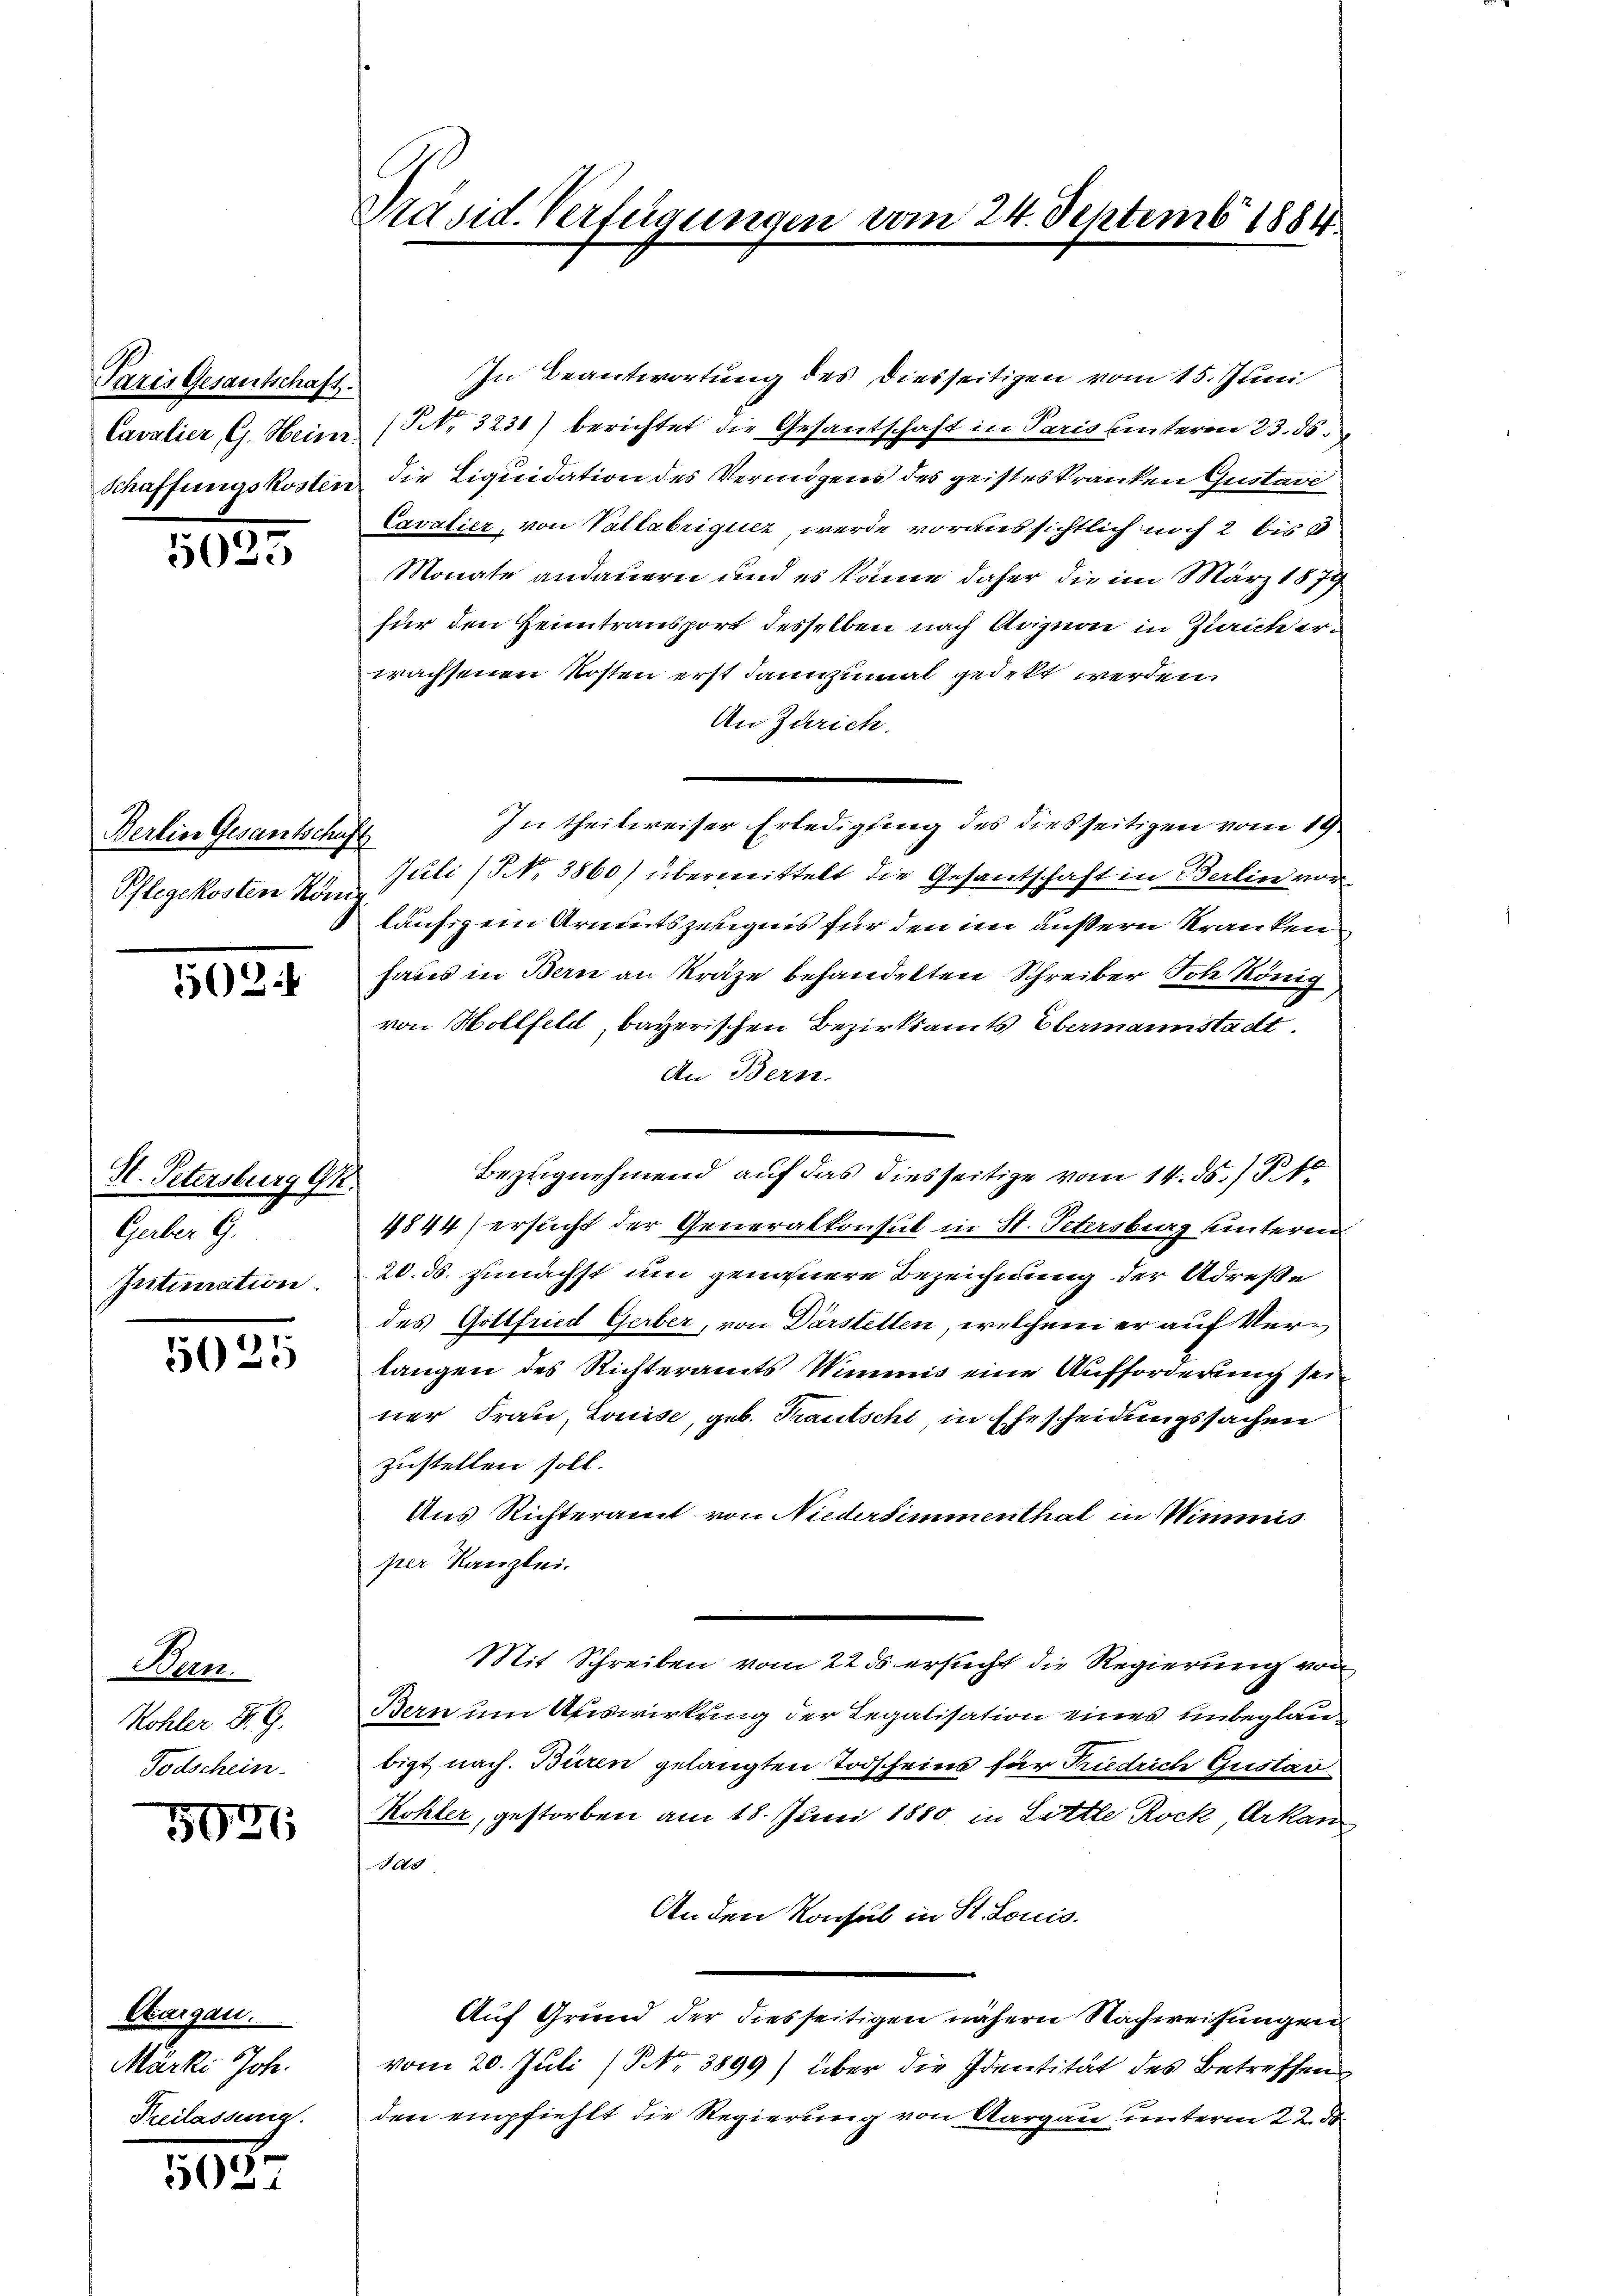
Paris Gesantschaft.
Cavalier, G. Heinr.
Schaffungskosten

5035

Berlin Gesantschu
Pflegekosten Kom

5024

I. Petersburg Gk.
Gerber G.
Intimation.

5025

Bern.
Kohler Dr. G.
Todschein.

5031

Aargau.
Märki Joh.

5037

Präsid. Verfügungen vom 24. Septemb. 1884

In Beantwortung des Diesseitigen vom 15. Juni
(NNo. 3231) berichtet die Gesantschaft in Paris unteren 23. ds.
die Liquidation des Vermögens des geistes kranken Gustave
Cavalier, von Vallabriquer, werde voraussichtlich noch 2 bis 3
Monate andauern und es könne daher die im März 1879
für den Heimtransport desselben nach Origion in Zeich erwachsenen Kosten erst dannzumal gedekt werden.
An Zürich.
In theilweiser Erledigung des diesseitigen vom 19
Juli (§ No 3860) übermittelt die Gesantschaft in Berlin vor-
läufigem Armutszeugnis für den im äußern Kranken
haus in Bern an Kräge behandelten Schreiber Ich könig
von Hollfeld, bayerischen Bezirksamts Obermannstadt
An Bern.
4844 ersucht der Generalkonsul in St. Petersburg unterm
20. ds. zunächst um genauere Bezeichnung der Adresse
des Gottfried Gerber, von Darstellen, welchem er auf Verlangen des Richteramts Wimmis eine Aufforderung sein
ner Frau, Louise, geb. Krautschi in Ehescheidungssachen
zustellen soll.
Aus Richteramt von Niedersimmenthal in Wimmis
per Kanzlei.
Mit Schreiben vom 22. ds ersucht die Regierung von
Bern um Auswirkung der Legalisation eines unbeglaubigt nach. Büren gelangten Todscheins für Friedrich Gustar¬
Kohler, gestorben am 18. Juni 1880 in Little Rock Arkan
das
An den Konsul in St. Louis.
Auf Grund der diesseitigen nähern Nachweisungen
vom 20. Juli (NNo. 3899) über die Identität des Betreffen
den empfiehlt die Regierung von Aargau unterm 22. d.

Bezugnehmend auf das diesseitige vom 14. ds. P.